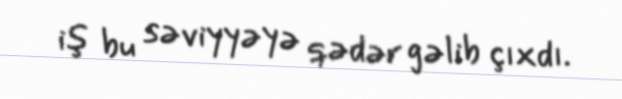
iş bu səviyyəyə qədər gəlib çıxdı.